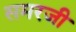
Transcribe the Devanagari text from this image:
समरजी